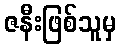
ဇနီးဖြစ်သူမှ